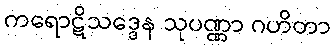
ကရောဋိသဒ္ဒေန သုပဏ္ဏာ ဂဟိတာ